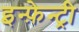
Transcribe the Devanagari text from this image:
इन्फ़ेन्ट्री